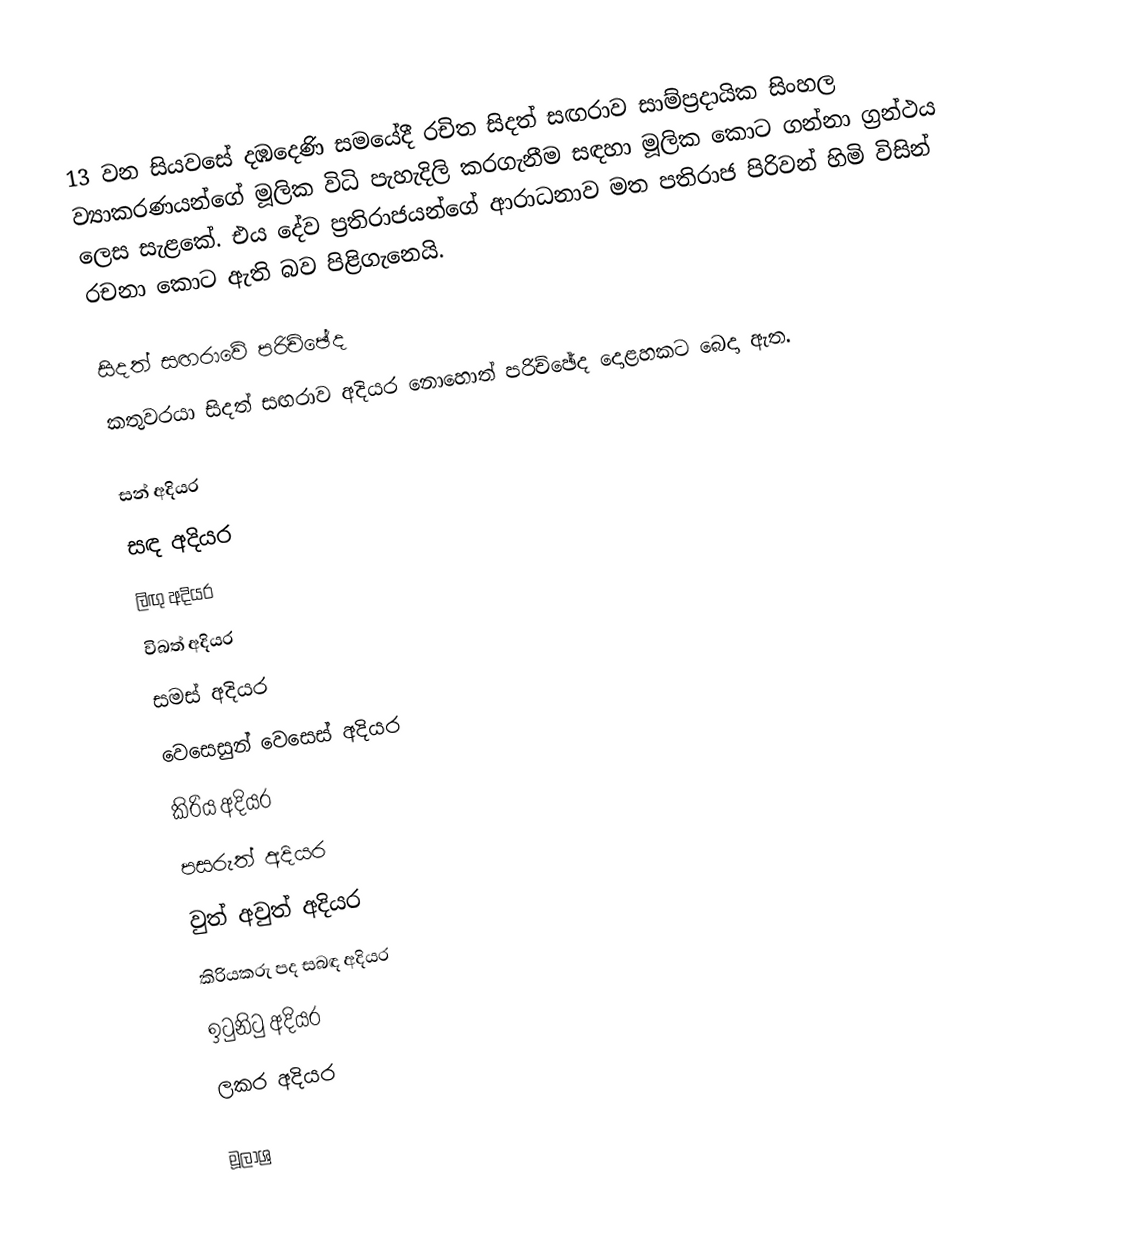
13 වන සියවසේ දඹදෙණි සමයේදී රචිත සිදත් සඟරාව සාම්ප්‍රදායික සිංහල ව්‍යාකරණයන්ගේ මූලික විධි පැහැදිලි කරගැනීම සඳහා මූලික කොට ගන්නා ග්‍රන්ථය ලෙස සැළකේ. එය දේව ප්‍රතිරාජයන්ගේ ආරාධනාව මත පතිරාජ පිරිවන් හිමි විසින් රචනා කොට ඇති බව පිළිගැනෙයි.

සිදත් සඟරාවේ පරිච්ඡේද
කතුවරයා සිදත් සඟරාව අදියර නොහොත් පරිච්ඡේ​ද ​දොළහකට බෙදා ඇත.

 සන් අදියර
 සඳ අදියර
 ලිඟු අදියර
 විබත් අදියර
 සමස් අදියර
 වෙසෙසුන් වෙසෙස් අදියර
 කිරිය අදියර
 පසරුත් අදියර
 වුත් අවුත් අදියර
 කිරියකරු පද සබඳ අදියර
 ඉටුනිටු අදියර
 ලකර අදිය​ර

මූලාශ්‍ර